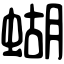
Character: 蝴